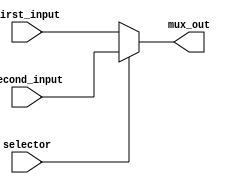
module mux_4bits_2to1(
    input[3:0] first_input, second_input,
    input selector,
    output[3:0] mux_out
);
    assign mux_out = selector? second_input : first_input;

endmodule